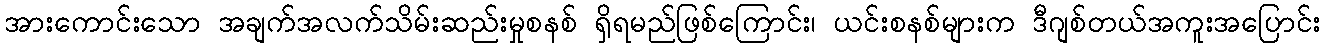
အားကောင်းသော အချက်အလက်သိမ်းဆည်းမှုစနစ် ရှိရမည်ဖြစ်ကြောင်း၊ ယင်းစနစ်များက ဒီဂျစ်တယ်အကူးအပြောင်း